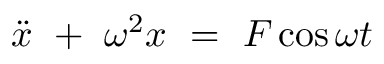
\Ddot { x } \ + \ \omega ^ { 2 } x \ = \ F \cos { \omega t }